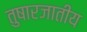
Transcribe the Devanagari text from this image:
तुषारजातीय